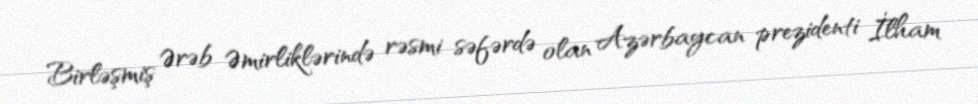
Birləşmiş Ərəb Əmirliklərində rəsmi səfərdə olan Azərbaycan prezidenti İlham